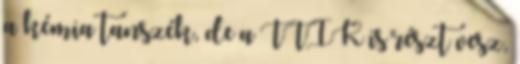
a kémia tanszék, de a TTIK is részt vesz,